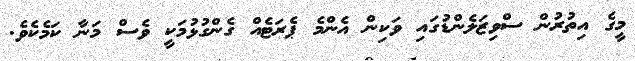
މީގެ އިތުރުން ސްވިޒަލެންޑުގައި ވަކިން އެންމެ ޕެރަޓެއް ގެންގުޅުމަކީ ވެސް މަނާ ކަމެކެވެ.